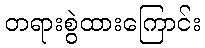
တရားစွဲထားကြောင်း